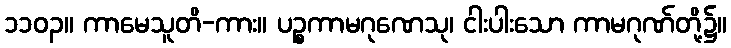
၁၁၀၃။ ကာမေသူတိ-ကား။ ပဉ္စကာမဂုဏေသု၊ ငါးပါးသော ကာမဂုဏ်တို့၌။